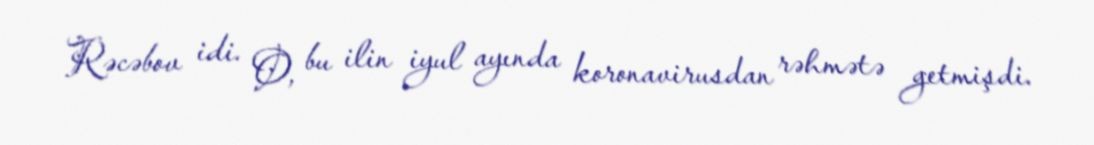
Rəcəbov idi. O, bu ilin iyul ayında koronavirusdan rəhmətə getmişdi.